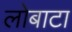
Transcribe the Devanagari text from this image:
लोबाटा